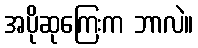
အပိုဆုကြေးက ဘာလဲ။